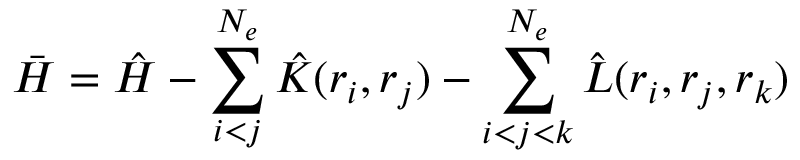
\bar { H } = \hat { H } - \sum _ { i < j } ^ { N _ { e } } \hat { K } ( \boldsymbol { r } _ { i } , \boldsymbol { r } _ { j } ) - \sum _ { i < j < k } ^ { N _ { e } } \hat { L } ( \boldsymbol { r } _ { i } , \boldsymbol { r } _ { j } , \boldsymbol { r } _ { k } )